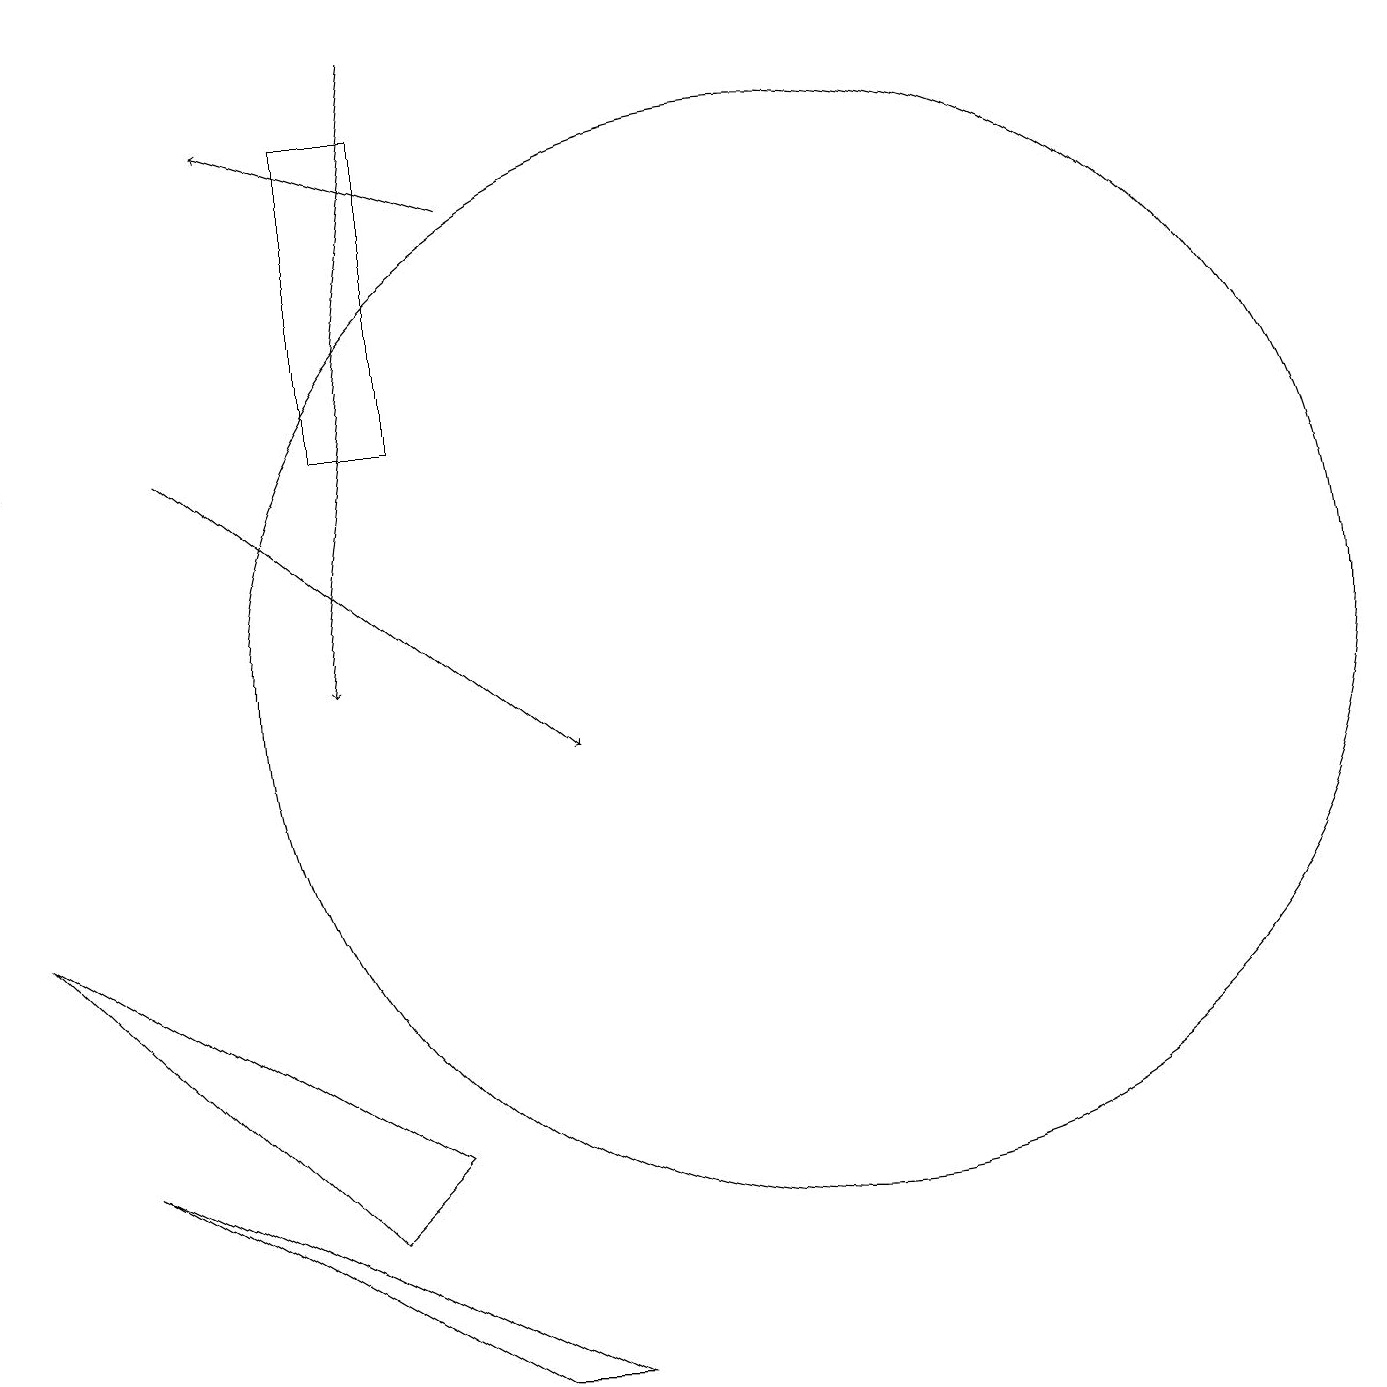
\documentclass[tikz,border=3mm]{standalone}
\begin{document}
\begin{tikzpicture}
\draw (10,11) circle (7);
\draw (6,2) -- (1,5) -- (7,2) -- cycle;
\draw[->] (5,19) -- (4,11);
\draw[->] (6,17) -- (3,18);
\draw (4,14) rectangle (5,18);
\draw[->] (2,14) -- (7,10);
\draw[->] (0,14) -- (0,19);
\draw (5,5) -- (4,4) -- (0,8) -- cycle;
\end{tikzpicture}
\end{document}